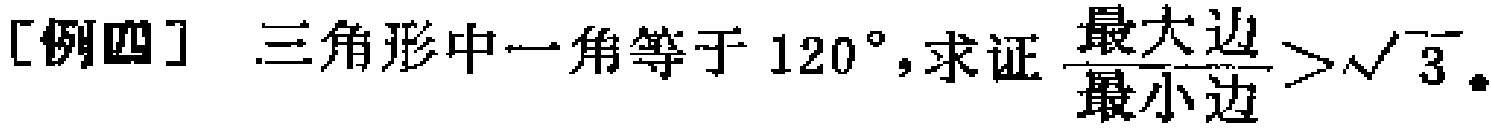
[例四] 三角形中一角等于 \(120^{\circ}\), 求证 \(\frac{最大边}{最小边}>\sqrt{3}\)。